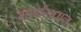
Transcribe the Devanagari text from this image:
मार्गसधान